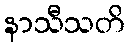
နာသီသတိ